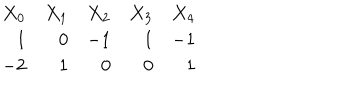
\begin{array} { r r r r r } { { X _ { 0 } } } & { { X _ { 1 } } } & { { X _ { 2 } } } & { { X _ { 3 } } } & { { X _ { 4 } } } \\ { { 1 } } & { { 0 } } & { { - 1 } } & { { 1 } } & { { - 1 } } \\ { { - 2 } } & { { 1 } } & { { 0 } } & { { 0 } } & { { 1 } } \\ \end{array}